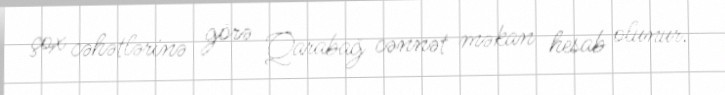
çox cəhətlərinə görə Qarabağ cənnət məkan hesab olunur.